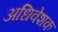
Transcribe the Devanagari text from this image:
अधिवेशक